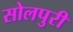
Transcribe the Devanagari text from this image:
सोलपुरी